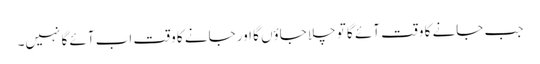
جب جانے کا وقت آئے گا تو چلا جاؤں گا اور جانے کا وقت اب آئے گا نہیں۔